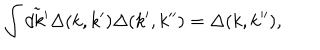
\int \tilde { d k ^ { \prime } } \Delta ( k , k ^ { \prime } ) \Delta ( k ^ { \prime } , k ^ { \prime \prime } ) = \Delta ( k , k ^ { \prime \prime } ) ,